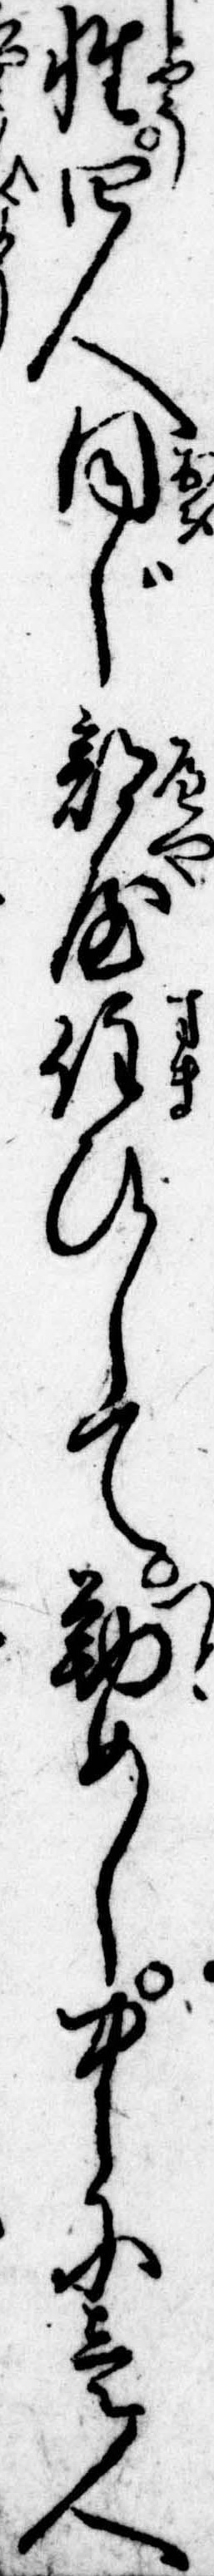
姓四人同じ部屋住ひして勤めし中に壱人